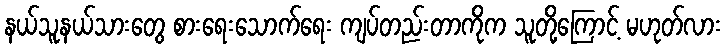
နယ်သူနယ်သားတွေ စားရေးသောက်ရေး ကျပ်တည်းတာကိုက သူတို့ကြောင့် မဟုတ်လား